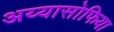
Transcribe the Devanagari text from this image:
अय्यासोफिया